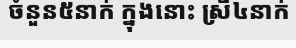
ចំនួន៥នាក់ ក្នុងនោះ ស្រី៤នាក់